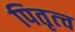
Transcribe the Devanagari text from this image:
पितृत्च